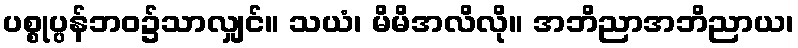
ပစ္စုပ္ပန်ဘဝ၌သာလျှင်။ သယံ၊ မိမိအလိလို။ အဘိညာအဘိညာယ၊